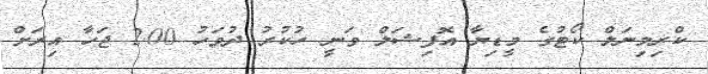
ކްރިމިނަލް ކޯޓުގެ މީޑިޔާ އޮފިޝަލް ވަނީ ހުކުރު ދުވަހު 2.00 ޖަހާ އިރަށް